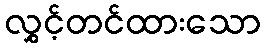
လွှင့်တင်ထားသော